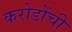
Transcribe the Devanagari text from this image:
करोडोंची